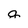
Character: a